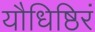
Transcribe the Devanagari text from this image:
यौधिष्ठिरं